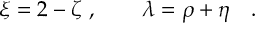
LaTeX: \xi = 2 - \zeta \ , \qquad \lambda = \rho + \eta \quad .